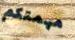
مهمتكم